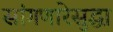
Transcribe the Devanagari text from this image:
सांगणारेसुद्धा